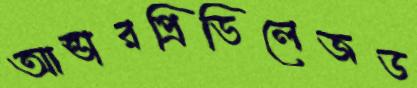
আন্ডারপ্রিভিলেজড